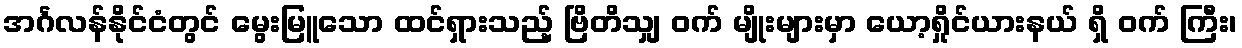
အင်္ဂလန်နိုင်ငံတွင် မွေးမြူသော ထင်ရှားသည့် ဗြိတိသျှ ဝက် မျိုးများမှာ ယော့ရှိုင်ယားနယ် ရှိ ဝက် ကြီး၊